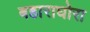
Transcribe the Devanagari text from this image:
बहाराघोरा